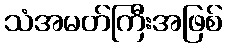
သံအမတ်ကြီးအဖြစ်